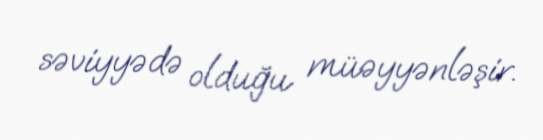
səviyyədə olduğu müəyyənləşir.